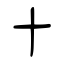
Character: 十